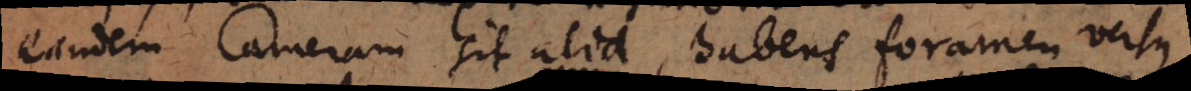
eandem Cameram sit alia, habens foramen versus